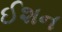
ઈશન